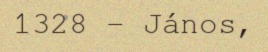
1328 – János,